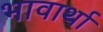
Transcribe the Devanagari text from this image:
भावार्था